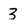
Character: 3